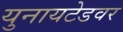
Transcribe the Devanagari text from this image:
युनायटेडवर